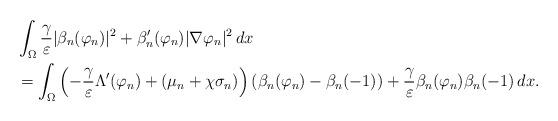
LaTeX: \begin{align*}& \int_{\Omega} \frac{\gamma}{\varepsilon} |\beta_{n}(\varphi_{n})|^{2} + \beta_{n}'(\varphi_{n}) |\nabla \varphi_{n}|^{2} \, dx \\& = \int_{\Omega} \left ( -\frac{\gamma}{\varepsilon} \Lambda'(\varphi_{n}) + (\mu_{n} + \chi \sigma_{n}) \right ) (\beta_{n}(\varphi_{n}) - \beta_{n}(-1)) + \frac{\gamma}{\varepsilon} \beta_{n}(\varphi_{n}) \beta_{n}(-1) \, dx.\end{align*}